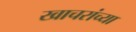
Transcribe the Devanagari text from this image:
खाचरांच्या